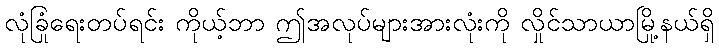
လုံခြုံရေးတပ်ရင်း ကိုယ့်ဘာ ဤအလုပ်များအားလုံးကို လှိုင်သာယာမြို့နယ်ရှိ